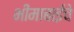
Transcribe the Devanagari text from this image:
भीमाबाईचे